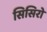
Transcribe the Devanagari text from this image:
सिसिरो